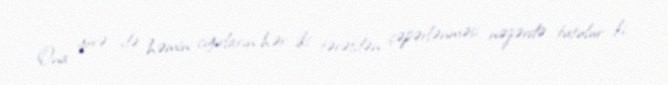
Ona görə də həmin cığırların hər iki tərəfdən çəpərlənməsi nəzərdə tutulur ki,